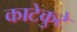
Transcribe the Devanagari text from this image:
काटेकुटे